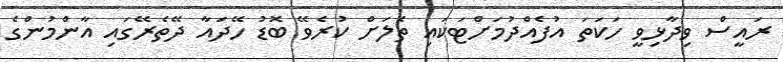
ރައީސް ވިދާޅިވީ ހަކަތަ އުފެއްދުމަށްޓަކައި ތެލަށް ކުރެވޭ ބޮޑު ހޭދައާ ދޭތެރޭގައި އާންމުންގެ